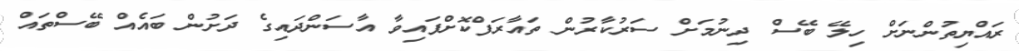
ރައްޔިތުންނަށް ހިލޭ ބޭސް ދިނުމަށް ސަރުކާރުން ތައާރަފްކޮށްފައިވާ އާސަންދައިގެ ދަށުން ބައެއް ބޭސްތައް